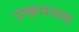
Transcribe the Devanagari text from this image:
उत्खननास